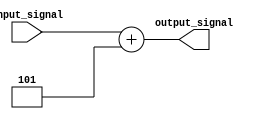
module Generate_Function (
    input [7:0] input_signal,
    output reg [7:0] output_signal
);
  
  always @* begin
    // Define the predefined mathematical function or algorithm here
    output_signal = input_signal + 5; // For example, adding 5 to the input signal
  end
  
endmodule